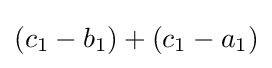
(c_{1}-b_{1})+(c_{1}-a_{1})